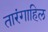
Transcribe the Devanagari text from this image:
तारंगाहिल